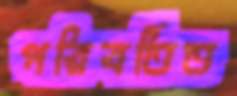
পরিবর্তিত